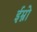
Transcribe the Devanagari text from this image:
ईम्नो